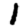
Digit: 1